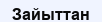
Зайыттан